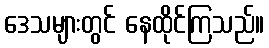
ဒေသများတွင် နေထိုင်ကြသည်။